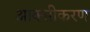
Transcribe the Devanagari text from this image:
आक्‍सीकरण